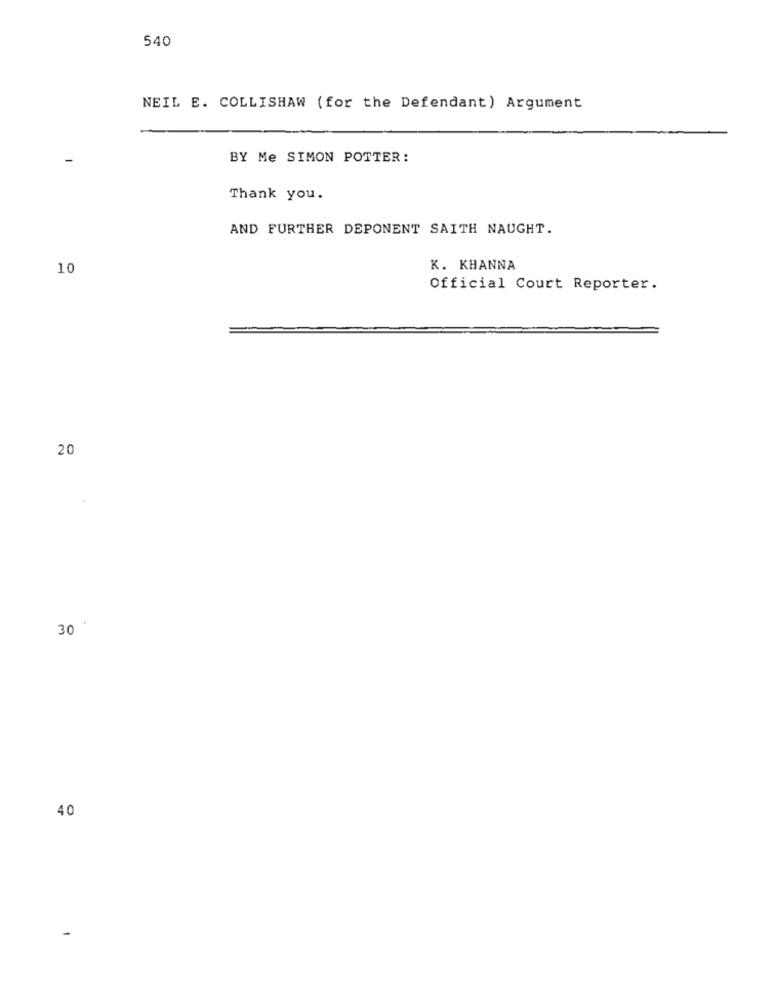
540
NEIL E. COLLISHAW (for the Defendant) Argument
BY Me SIMON POTTER:
Thank you.
AND FURTHER DEPONENT SAITH NAUGHT.
10
K. KHANNA
Official Court Reporter.
20
30
40